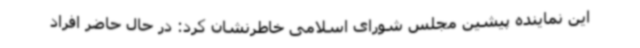
این نماینده پیشین مجلس شورای اسلامی خاطرنشان کرد: در حال حاضر افراد